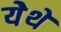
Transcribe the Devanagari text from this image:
येेथे